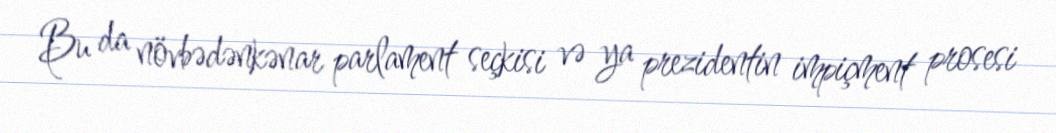
Bu da növbədənkənar parlament seçkisi və ya prezidentin impiçment prosesi